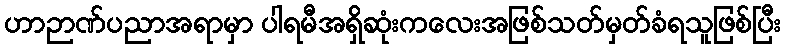
ဟာဉာဏ်ပညာအရာမှာ ပါရမီအရှိဆုံးကလေးအဖြစ်သတ်မှတ်ခံရသူဖြစ်ပြီး